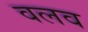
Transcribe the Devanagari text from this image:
वलव